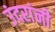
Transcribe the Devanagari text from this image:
उंदरांनी